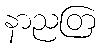
နာညတြ